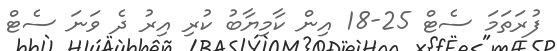
ފުރަތަމަ ސެޓް 25-18 އިން ކާމިޔާބު ކުރި އިރު ދެ ވަނަ ސެޓް